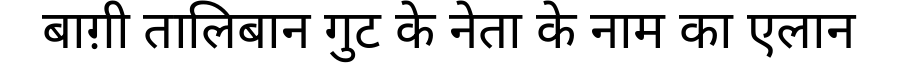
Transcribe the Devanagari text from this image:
बाग़ी तालिबान गुट के नेता के नाम का एलान